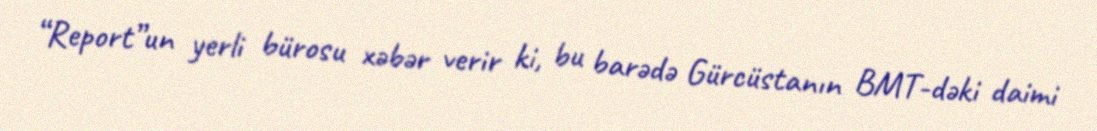
“Report”un yerli bürosu xəbər verir ki, bu barədə Gürcüstanın BMT-dəki daimi